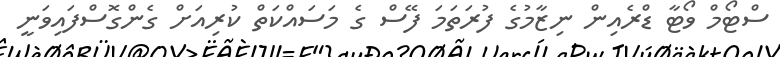
ސްޓޯމް ވޯޓާ ޑްރެއިން ނިޒާމުގެ ފުރަތަމަ ފޭސް ގެ މަސައްކަތް ކުރިއަށް ގެންގޮސްފައިވަނީ